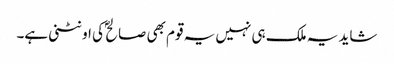
شاید یہ ملک ہی نہیں یہ قوم بھی صالح ؐ کی اونٹنی ہے۔